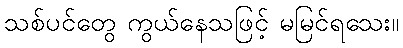
သစ်ပင်တွေ ကွယ်နေသဖြင့် မမြင်ရသေး။